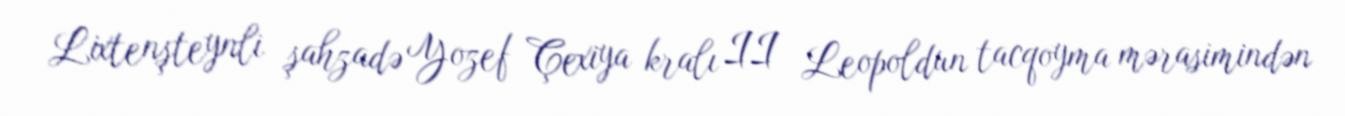
Lixtenşteynli şahzadə Yozef Çexiya kralı II Leopoldun tacqoyma mərasimindən